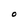
Character: O